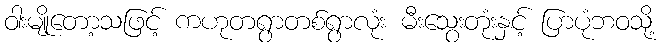
ဝါးမျိုတော့သဖြင့် ကဟုတရွာတစ်ရွာလုံး မီးသွေးတုံးနှင့် ပြာပုံဘဝသို့